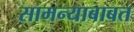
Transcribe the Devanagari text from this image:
सामन्याबाबत